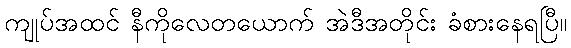
ကျုပ်အထင် နီကိုလေတယောက် အဲဒီအတိုင်း ခံစားနေရပြီ။